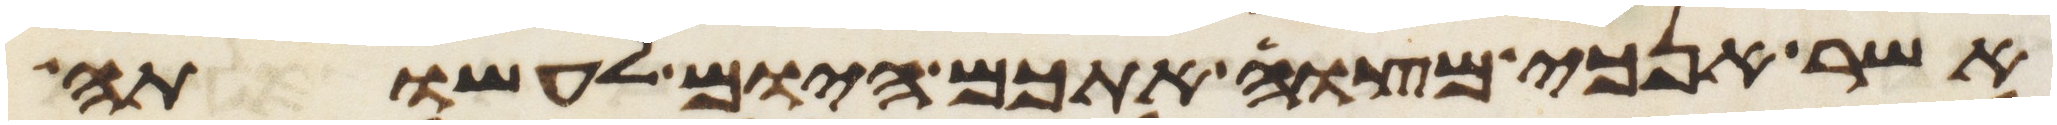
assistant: אשר אנכי מצוה אתכם היום לעשותה